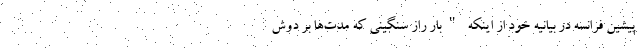
پیشین فرانسه در بیانیه خود از اینکه "بار راز سنگینی که مدت‌ها بر دوش